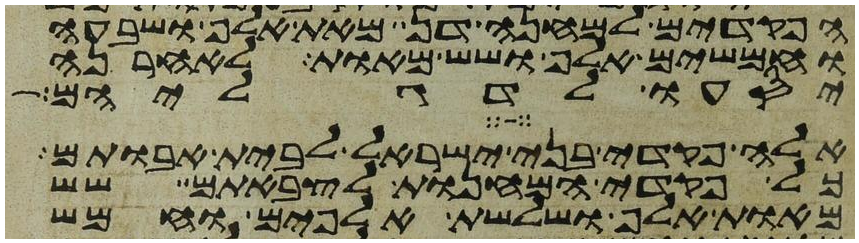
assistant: הפקדים למחנה דן מאת אלף ושבעה
וחמשים אלף ושש מאות לאחרנה
יסעו לדגליהם
אלה פקדי בני ישראל לבית אבותם
כל פקדי המחנות לצבאתם שש
מאות אלף ושלשת אלפים וחמש